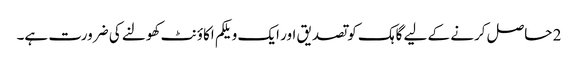
2 حاصل کرنے کے لیے گاہک کو تصدیق اور ایک ویلکم اکاؤنٹ کھولنے کی ضرورت ہے۔